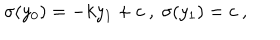
LaTeX: \sigma ( y _ { 0 } ) = - k y _ { 1 } + c ~ , ~ \sigma ( y _ { 1 } ) = c ~ , ~ \,